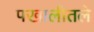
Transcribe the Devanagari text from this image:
पखालीतले